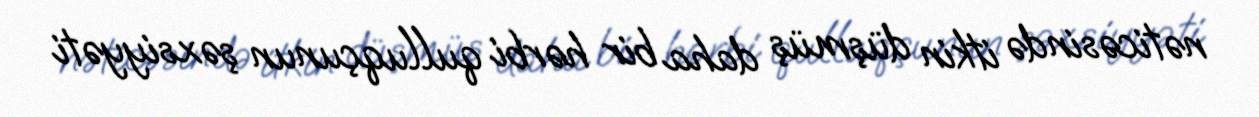
nəticəsində itkin düşmüş daha bir hərbi qulluqçunun şəxsiyyəti